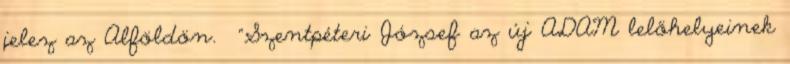
jelez az Alföldön. "Szentpéteri József az új ADAM lelőhelyeinek